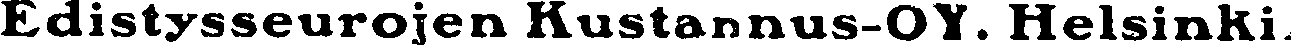
Edistysseurojen Kustannus-OY. Helsinki.